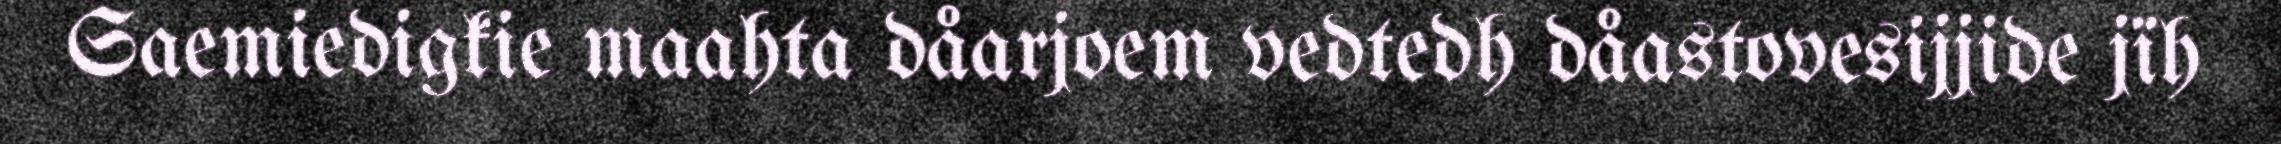
Saemiedigkie maahta dåarjoem vedtedh dåastovesijjide jïh